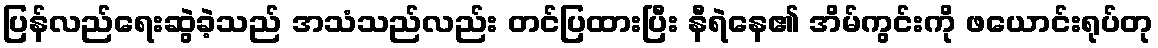
ပြန်လည်ရေးဆွဲခဲ့သည် အသံသည်လည်း တင်ပြထားပြီး နီရဲနေ၏ အိမ်ကွင်းကို ဖယောင်းရုပ်တု